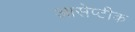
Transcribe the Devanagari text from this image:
आसेप्टीक